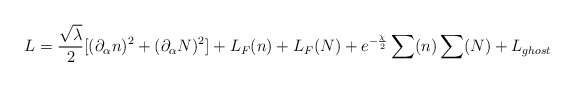
\begin{align*}L=\frac{\sqrt{\lambda }}{2}[(\partial _{\alpha }n)^{2}+(\partial _{\alpha}N)^{2}]+L_{F}(n)+L_{F}(N)+e^{-\frac{\chi }{2}}\sum (n)\sum (N)+L_{ghost}\end{align*}